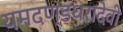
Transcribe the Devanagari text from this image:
यमदण्डधरादेवी